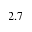
2 . 7